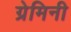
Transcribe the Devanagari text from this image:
ग्रेमिनी